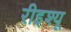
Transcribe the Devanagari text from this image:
रीइश्यू